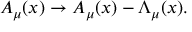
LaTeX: A _ { \mu } ( x ) \rightarrow A _ { \mu } ( x ) - \Lambda _ { \mu } ( x ) .